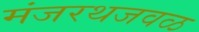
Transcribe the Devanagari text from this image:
मंजरथजवळ